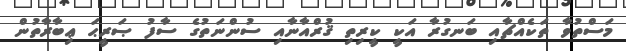
މަސްތުވާ ތަކެއްޗާއި ބަނގުރާ އަކީ ކީރިތި ޤުރްއާނާއި ސުންނަތުގެ ސާފު ޞަރީޙަ ޢިބާރާތުން